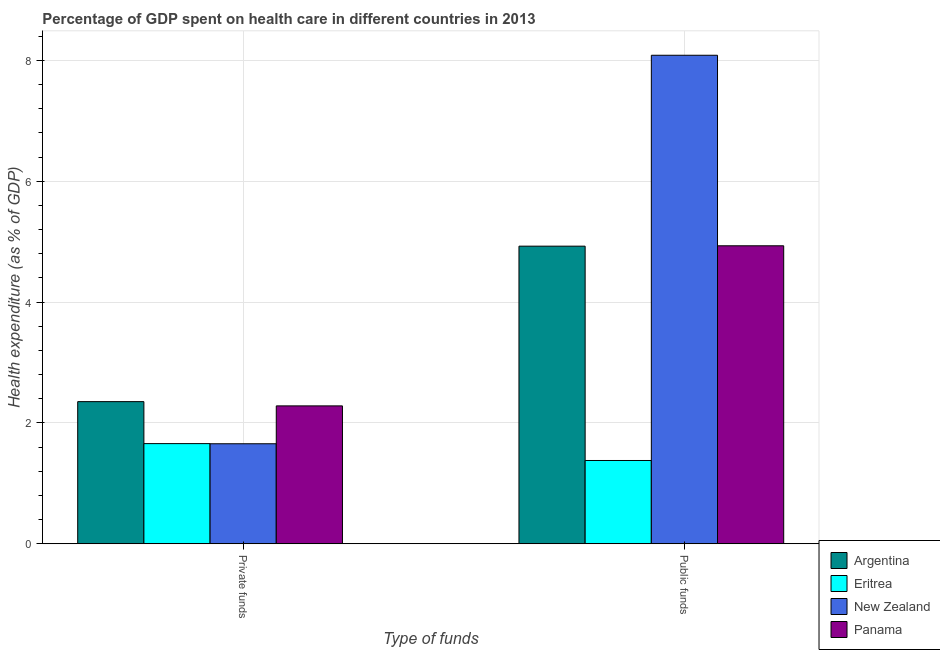
| Type of funds | Argentina | Eritrea | New Zealand | Panama |
 | --- | --- | --- | --- | --- |
 | Private funds | 2.35 | 1.66 | 1.66 | 2.28 |
 | Public funds | 4.92 | 1.38 | 8.08 | 4.93 |